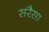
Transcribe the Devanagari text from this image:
सरैसा